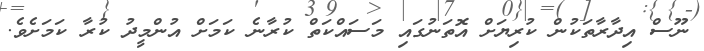
ނޫސް އިދާރާތަކުން ކުރިޔަށް އޮތަނުގައި މަސައްކަތް ކުރާނެ ކަމަށް އުންމީދު ކުރާ ކަމަށެވެ.